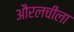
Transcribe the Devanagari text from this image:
औरलचीला